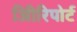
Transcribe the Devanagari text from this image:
अिीरिपोर्ट